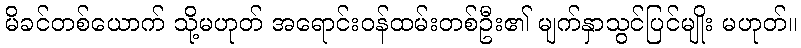
မိခင်တစ်ယောက် သို့မဟုတ် အရောင်းဝန်ထမ်းတစ်ဦး၏ မျက်နှာသွင်ပြင်မျိုး မဟုတ်။